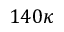
1 4 0 \kappa